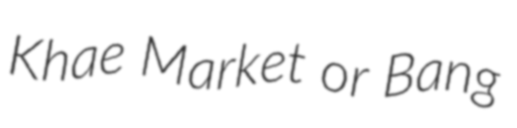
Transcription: Khae Market or Bang